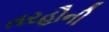
તરહૌની